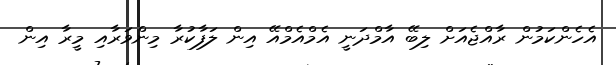
އެހެންކަމުން ރާއްޖެއަށް ލިބޭ އާމްދަނީ އެމްއެމްއޭ އިން ލަފާކުރާ މިންވަރާއި މީރާ އިން